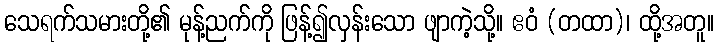
သေရက်သမားတို့၏ မုန့်ညက်ကို ဖြန့်၍လှန်းသော ဖျာကဲ့သို့။ ဧဝံ (တထာ)၊ ထို့အတူ။